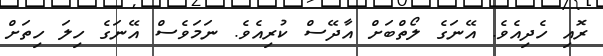
ރޮއި ހެދިއެވެ. އޭނަގެ ލޯތްބަށް އާދޭސް ކުރިއެވެ. ނަމަވެސް އޭނަގެ ހިލަ ހިތަށް